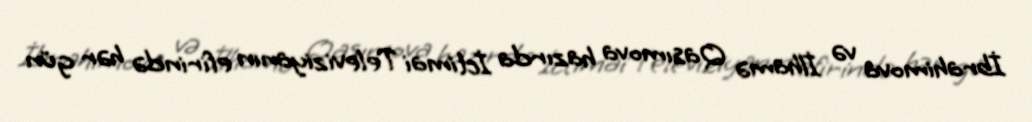
İbrahimova və İlhamə Qasımova hazırda İctimai Televiziyanın efirində hər gün